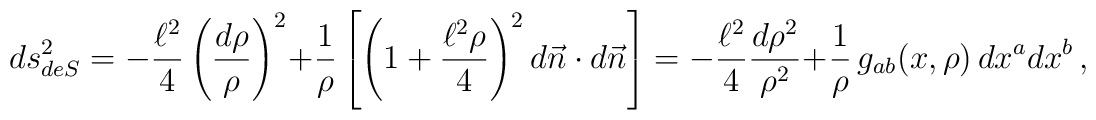
ds^2_{deS} = -{\ell^2\over 4} \left({d\rho\over \rho}\right)^2 +{1\over \rho }\left[\left(1+ {\ell^2\rho\over 4}\right)^2 d\vec n\cdot d\vec n\right] = -{\ell^2\over 4} {d\rho^2\over \rho^2} + {1\over \rho}\,g_{ab}(x,\rho)\,dx^a dx^b\,,